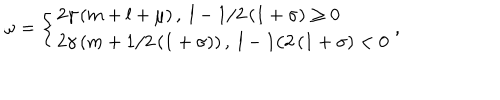
\omega = \left\{ \begin{array} { l } { { 2 \gamma \left( m + l + \mu \right) , \; { } l - 1 / 2 \left( 1 + \sigma \right) \geq 0 } } \\ { { 2 \gamma \left( m + 1 / 2 \left( 1 + \sigma \right) \right) , \; { } l - 1 / 2 \left( 1 + \sigma \right) < 0 } } \\ \end{array} \right. ,